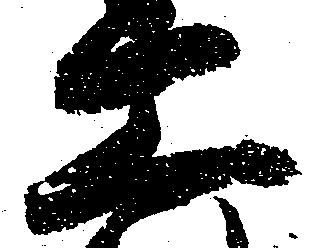
工